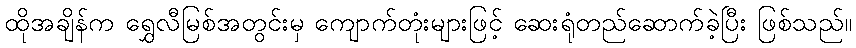
ထိုအချိန်က ရွှေလီမြစ်အတွင်းမှ ကျောက်တုံးများဖြင့် ဆေးရုံတည်ဆောက်ခဲ့ပြီး ဖြစ်သည်။